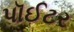
પૉઈટર